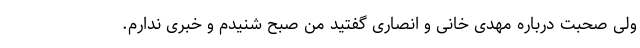
ولی صحبت درباره مهدی خانی و انصاری گفتید من صبح شنیدم و خبری ندارم.